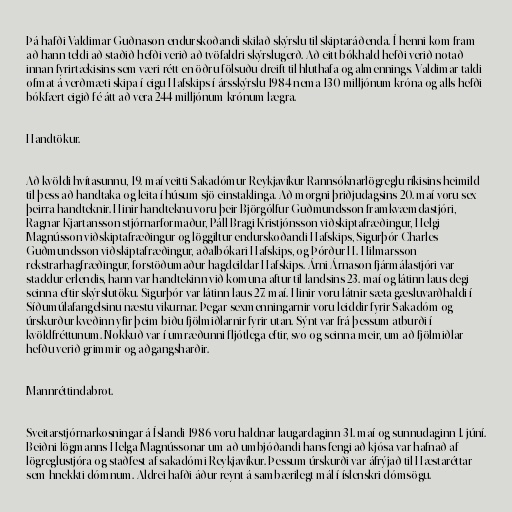
Þá hafði Valdimar Guðnason endurskoðandi skilað skýrslu til skiptaráðenda. Í henni kom fram
að hann teldi að staðið hefði verið að tvöfaldri skýrslugerð. Að eitt bókhald hefði verið notað
innan fyrirtækisins sem væri rétt en öðru fölsuðu dreift til hluthafa og almennings. Valdimar taldi
ofmat á verðmæti skipa í eigu Hafskips í ársskýrslu 1984 nema 130 milljónum króna og alls hefði
bókfært eigið fé átt að vera 244 milljónum krónum lægra.

Handtökur.

Að kvöldi hvítasunnu, 19. maí veitti Sakadómur Reykjavíkur Rannsóknarlögreglu ríkisins heimild
til þess að handtaka og leita í húsum sjö einstaklinga. Að morgni þriðjudagsins 20. maí voru sex
þeirra handteknir. Hinir handteknu voru þeir Björgólfur Guðmundsson framkvæmdastjóri,
Ragnar Kjartansson stjórnarformaður, Páll Bragi Kristjónsson viðskiptafræðingur, Helgi
Magnússon viðskiptafræðingur og löggiltur endurskoðandi Hafskips, Sigurþór Charles
Guðmundsson viðskiptafræðingur, aðalbókari Hafskips, og Þórður H. Hilmarsson
rekstrarhagfræðingur, forstöðumaður hagdeildar Hafskips. Árni Árnason fjármálastjóri var
staddur erlendis, hann var handtekinn við komuna aftur til landsins 23. maí og látinn laus degi
seinna eftir skýrslutöku. Sigurþór var látinn laus 27. maí. Hinir voru látnir sæta gæsluvarðhaldi í
Síðumúlafangelsinu næstu vikurnar. Þegar sexmenningarnir voru leiddir fyrir Sakadóm og
úrskurður kveðinn yfir þeim biðu fjölmiðlarnir fyrir utan. Sýnt var frá þessum atburði í
kvöldfréttunum. Nokkuð var í umræðunni fljótlega eftir, svo og seinna meir, um að fjölmiðlar
hefðu verið grimmir og aðgangsharðir.

Mannréttindabrot.

Sveitarstjórnarkosningar á Íslandi 1986 voru haldnar laugardaginn 31. maí og sunnudaginn 1. júní.
Beiðni lögmanns Helga Magnússonar um að umbjóðandi hans fengi að kjósa var hafnað af
lögreglustjóra og staðfest af sakadómi Reykjavíkur. Þessum úrskurði var áfrýjað til Hæstaréttar
sem hnekkti dómnum. Aldrei hafði áður reynt á sambærilegt mál í íslenskri dómsögu.